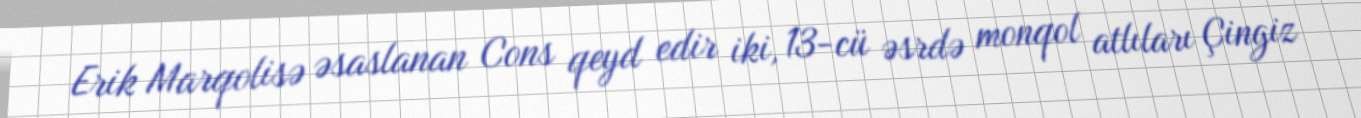
Erik Marqolisə əsaslanan Cons qeyd edir iki, 13-cü əsrdə monqol atlıları Çingiz